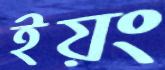
ইয়ং